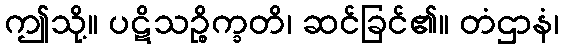
ဤသို့။ ပဋိသဉ္စိက္ခတိ၊ ဆင်ခြင်၏။ တံဌာနံ၊